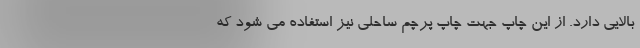
بالایی دارد. از این چاپ جهت چاپ پرچم ساحلی نیز استفاده می شود که